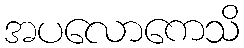
အပလောကေသိ